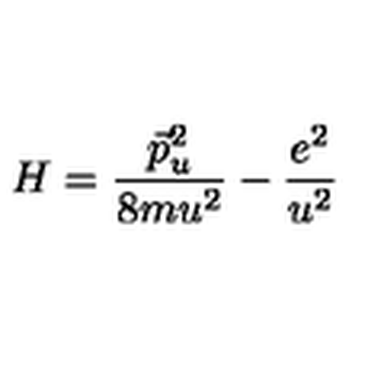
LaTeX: H = \frac { \vec { p } _ { u } ^ { 2 } } { 8 m u ^ { 2 } } - \frac { e ^ { 2 } } { u ^ { 2 } }